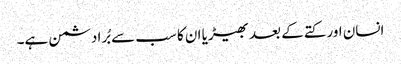
انسان اور کتے کے بعد بھیڑیا ان کا سب سے بُرا دشمن ہے۔